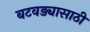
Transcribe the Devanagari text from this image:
बटवड्यासाठी